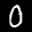
Label: 0